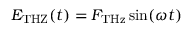
E _ { \mathrm { T H Z } } ( t ) = F _ { \mathrm { T H z } } \sin ( \omega t )